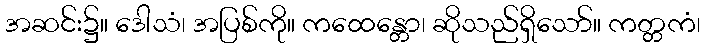
အဆင်း၌။ ဒေါသံ၊ အပြစ်ကို။ ကထေန္တော၊ ဆိုသည်ရှိသော်။ ကတ္တကံ၊